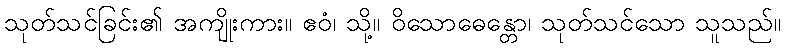
သုတ်သင်ခြင်း၏ အကျိုးကား။ ဧဝံ၊ သို့။ ဝိသောဓေန္တော၊ သုတ်သင်သော သူသည်။